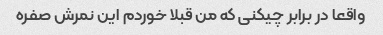
واقعا در برابر چیکنی که من قبلا خوردم این نمرش صفره